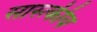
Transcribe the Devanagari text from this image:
सास्त्कीय